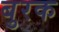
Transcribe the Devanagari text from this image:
बुरक